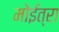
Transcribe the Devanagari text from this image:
मोईत्रा